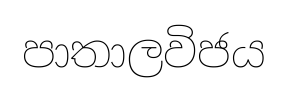
පාතාලවිජය